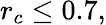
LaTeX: r_{c}\le 0.7,